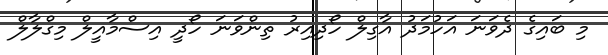
މި ބައިގެ ދެވަނަ އަހުމަދު އާގިލް ހޯދިއިރު ތިންވަނަ ހޯދީ އިސްމާއީލް މިގްލާލް